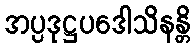
အပ္ပဒုဋ္ဌပဒေါသိနန္တိ